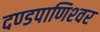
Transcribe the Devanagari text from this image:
दण्‍डपाणिश्‍वर